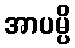
အာပမ္ပိ